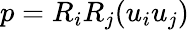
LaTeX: p=R_{i}R_{j}(u_{i}u_{j})